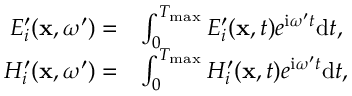
\begin{array} { r l } { E _ { i } ^ { \prime } ( \mathbf { x } , \omega ^ { \prime } ) = } & { \int _ { 0 } ^ { T _ { \operatorname* { m a x } } } E _ { i } ^ { \prime } ( \mathbf { x } , t ) e ^ { \mathrm { i } \omega ^ { \prime } t } \mathrm { d } t , } \\ { H _ { i } ^ { \prime } ( \mathbf { x } , \omega ^ { \prime } ) = } & { \int _ { 0 } ^ { T _ { \operatorname* { m a x } } } H _ { i } ^ { \prime } ( \mathbf { x } , t ) e ^ { \mathrm { i } \omega ^ { \prime } t } \mathrm { d } t , } \end{array}